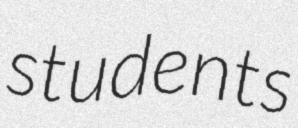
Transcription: students